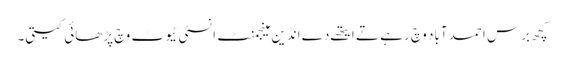
کچھ برس احمد آباد وچ رہے تے ایتھے دے انڈین مینجمنٹ انسٹی ٹیوٹ وچ پڑھائی کیتی۔